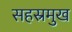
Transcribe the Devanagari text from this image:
सहस्रमुख